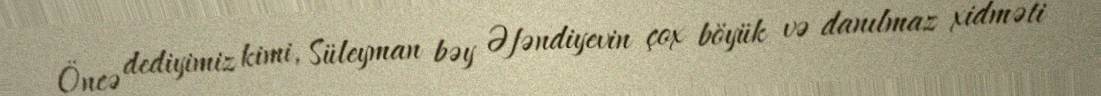
Öncə dediyimiz kimi, Süleyman bəy Əfəndiyevin çox böyük və danılmaz xidməti